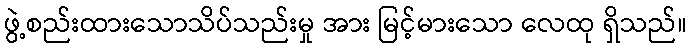
ဖွဲ့စည်းထားသောသိပ်သည်းမှု အား မြင့်မားသော လေထု ရှိသည်။